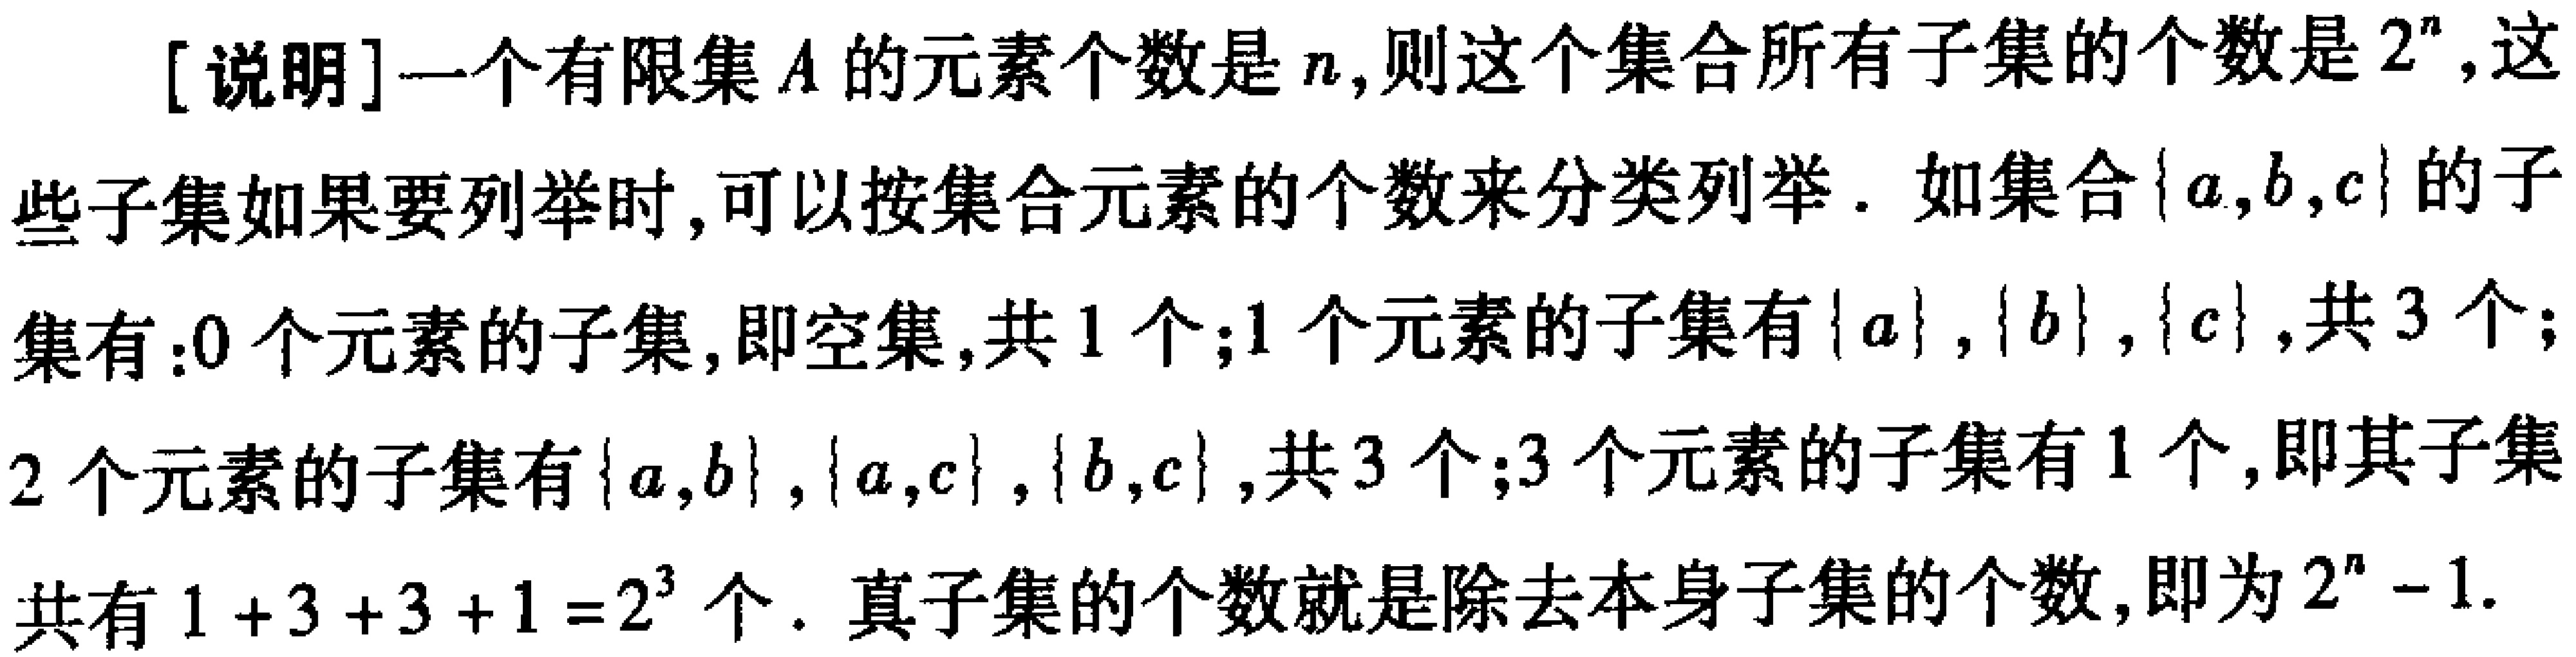
[说明]一个有限集\(A\)的元素个数是\(n\)，则这个集合所有子集的个数是\(2^{n}\)，这些子集如果要列举时，可以按集合元素的个数来分类列举. 如集合\(\{a,b,c\}\)的子集有：\(0\)个元素的子集，即空集，共\(1\)个；\(1\)个元素的子集有\(\{a\}\)，\(\{b\}\)，\(\{c\}\)，共\(3\)个；\(2\)个元素的子集有\(\{a,b\}\)，\(\{a,c\}\)，\(\{b,c\}\)，共\(3\)个；\(3\)个元素的子集有\(1\)个，即其子集共有\(1 + 3+3 + 1=2^{3}\)个. 真子集的个数就是除去本身子集的个数，即为\(2^{n}-1\).